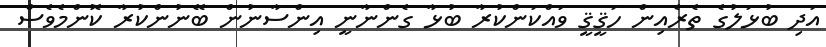
އަދި ބުޅަލުގެ ތެރެއިން ހަޤީޤީ ވައްކަންކުރާ ބުޅާ ގެންނާނީ އިންސާނުން ބޭނުންކުރާ ކޮންމެވެސް